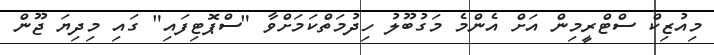
މިއުޒިކް ސްޓްރީމިން އަށް އެންމެ މަގުބޫލު ހިދުމަތްކަމަށްވާ "ސްޕޮޓިފައި" ގައި މިދިޔަ ޖޫން